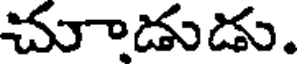
చూాడుడు.